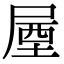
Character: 𡲙